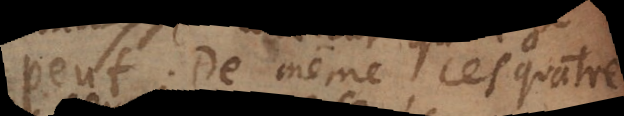
peut. De même ces quatre